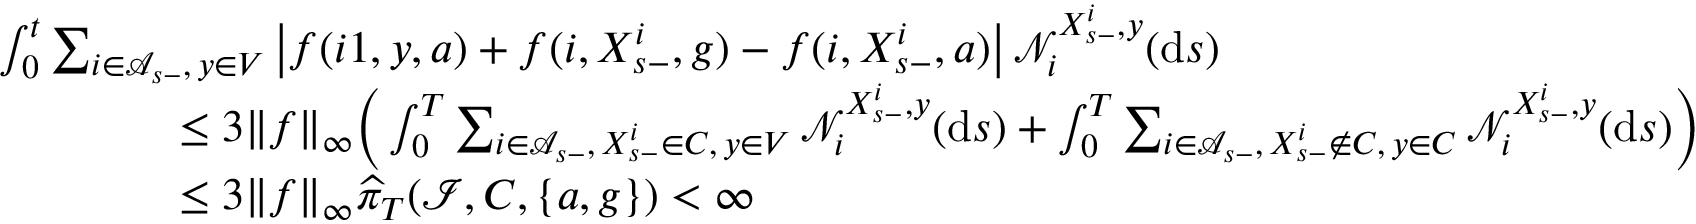
\begin{array} { r l } & { \int _ { 0 } ^ { t } \sum _ { i \in \mathcal A _ { s - } , \, y \in V } \left| f { ( i 1 , y , a ) } + f { ( i , X _ { s - } ^ { i } , g ) } - f { ( i , X _ { s - } ^ { i } , a ) } \right| \mathcal N _ { i } ^ { X _ { s - } ^ { i } , y } ( \mathrm { d } s ) } \\ & { \qquad \qquad \leq 3 \| f \| _ { \infty } \Big ( \int _ { 0 } ^ { T } \sum _ { i \in \mathcal A _ { s - } , \, X _ { s - } ^ { i } \in C , \, y \in V } \mathcal N _ { i } ^ { X _ { s - } ^ { i } , y } ( \mathrm { d } s ) + \int _ { 0 } ^ { T } \sum _ { i \in \mathcal A _ { s - } , \, X _ { s - } ^ { i } \not \in C , \, y \in C } \mathcal N _ { i } ^ { X _ { s - } ^ { i } , y } ( \mathrm { d } s ) \Big ) } \\ & { \qquad \qquad \leq 3 \| f \| _ { \infty } \widehat { \pi } _ { T } ( \mathcal I , C , \{ a , g \} ) < \infty } \end{array}